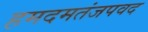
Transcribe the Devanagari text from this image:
हमदमतंजपवद